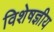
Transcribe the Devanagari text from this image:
विशेषज्ञीय